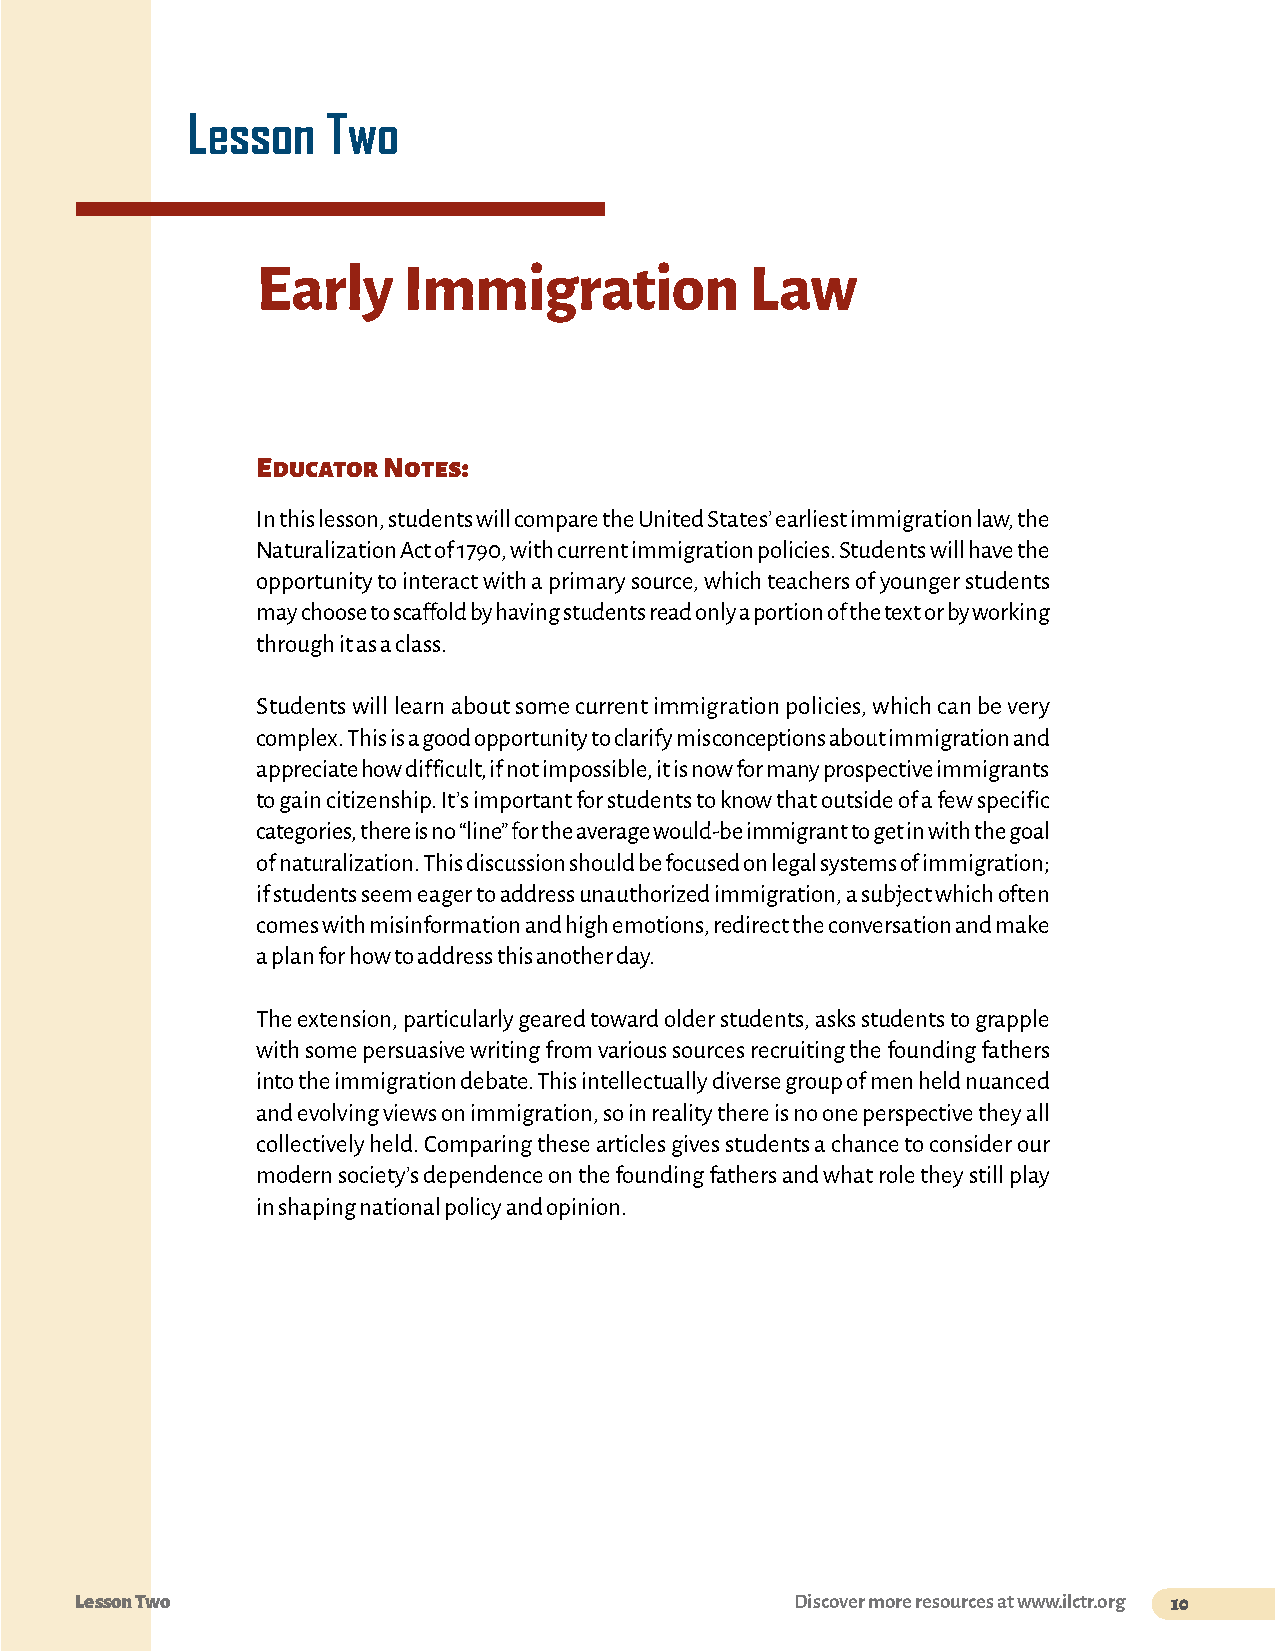
Lesson    Two
 Early     Immigration            Law
 Educator Notes:
 In this lesson, students will compare the United States’ earliest immigration law, the
 Naturalization Act of 1790, with current immigration policies. Students will have the
 opportunity to interact with a primary source, which teachers of younger students
 may choose to scaffold by having students read only a portion of the text or by working
 through it as a class.
 Students will learn about some current immigration policies, which can be very
 complex. This is a good opportunity to clarify misconceptions about immigration and
 appreciate how difficult, if not impossible, it is now for many prospective immigrants
 to gain citizenship. It’s important for students to know that outside of a few specific
 categories, there is no “line” for the average would-be immigrant to get in with the goal
 of naturalization. This discussion should be focused on legal systems of immigration;
 if students seem eager to address unauthorized immigration, a subject which often
 comes with misinformation and high emotions, redirect the conversation and make
 a plan for how to address this another day.
 The extension, particularly geared toward older students, asks students to grapple
 with some persuasive writing from various sources recruiting the founding fathers
 into the immigration debate. This intellectually diverse group of men held nuanced
 and evolving views on immigration, so in reality there is no one perspective they all
 collectively held. Comparing these articles gives students a chance to consider our
 modern society’s dependence on the founding fathers and what role they still play
 in shaping national policy and opinion.
 Lesson Two                                      Discover more resources at www.ilctr.org 10